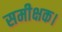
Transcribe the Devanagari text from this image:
समीक्षक।